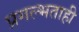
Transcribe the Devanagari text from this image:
प्रगल्भताही